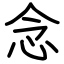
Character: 念